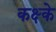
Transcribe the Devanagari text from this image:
कक्ष्के